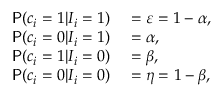
\begin{array} { r l } { \mathsf { P } ( c _ { i } = 1 | I _ { i } = 1 ) } & { { } = \varepsilon = 1 - \alpha , } \\ { \mathsf { P } ( c _ { i } = 0 | I _ { i } = 1 ) } & { { } = \alpha , } \\ { \mathsf { P } ( c _ { i } = 1 | I _ { i } = 0 ) } & { { } = \beta , } \\ { \mathsf { P } ( c _ { i } = 0 | I _ { i } = 0 ) } & { { } = \eta = 1 - \beta , } \end{array}